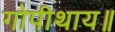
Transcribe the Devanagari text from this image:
गोपीथाय॥